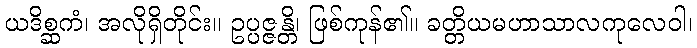
ယဒိစ္ဆကံ၊ အလိုရှိတိုင်း။ ဥပ္ပဇ္ဇန္တိ၊ ဖြစ်ကုန်၏။ ခတ္တိယမဟာသာလကုလေဝါ၊